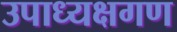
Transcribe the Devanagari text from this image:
उपाध्यक्षगण